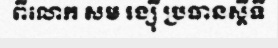
ពីលោក សម រង្ស៊ី ប្រធានស្តីទី